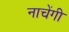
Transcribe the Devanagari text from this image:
नाचेंगी